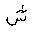
Letter: _shin